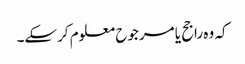
کہ وہ راجح یا مرجوح معلوم کرسکے۔